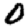
Digit: 0